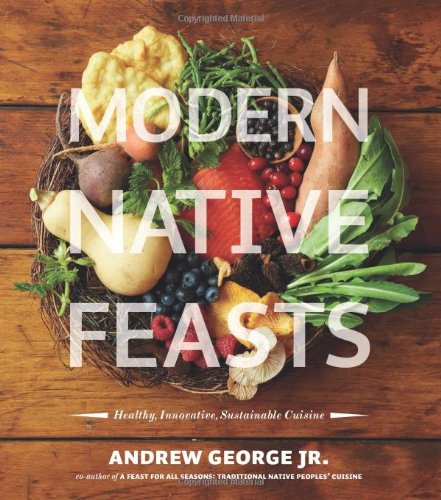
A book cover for Modern Native Feasts: Healthy, Innovative, Sustainable Cuisine; Andrew George; Cookbooks, Food & Wine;